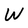
Character: W